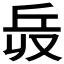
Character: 𠬿